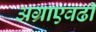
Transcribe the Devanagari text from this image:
अग्राएवढी